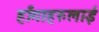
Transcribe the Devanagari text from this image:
हाँगाहरुलाई